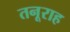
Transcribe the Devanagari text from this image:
तनूराह